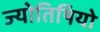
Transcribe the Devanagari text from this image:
ज्योतिषियो